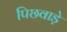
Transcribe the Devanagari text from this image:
पिछवाडे़